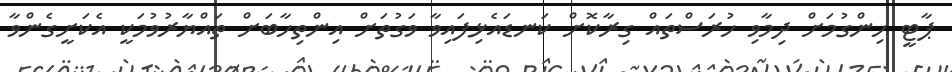
ޕާޓީ ހިންގުމަށް ދިމާވި ހުރަސްތައް ގިރާކޮށް ކަނޑައެޅިފައިވާ ވަގުތަށް އިންތިހާބަށް ތައްޔާރުވުމަކީ އެކަށީގެންވާ